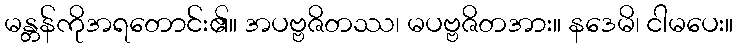
မန္တန်ကိုအရတောင်း၏။ အပဗ္ဗဇိတဿ၊ မပဗ္ဗဇိတအား။ နဒေမိ၊ ငါမပေး။